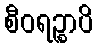
စီဝရဉ္စာပိ